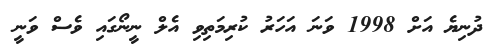
ދުނިޔެ އަށް 1998 ވަނަ އަހަރު ކުރިމަތިވި އެލް ނީނޯގައި ވެސް ވަނީ